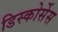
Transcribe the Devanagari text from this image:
डिस्कोर्सेस